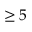
\geq 5